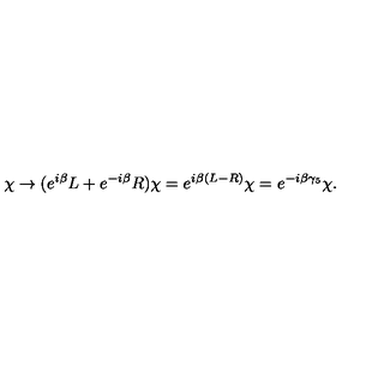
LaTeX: \chi \to ( e ^ { i \beta } L + e ^ { - i \beta } R ) \chi = e ^ { i \beta ( L - R ) } \chi = e ^ { - i \beta \gamma _ { 5 } } \chi .